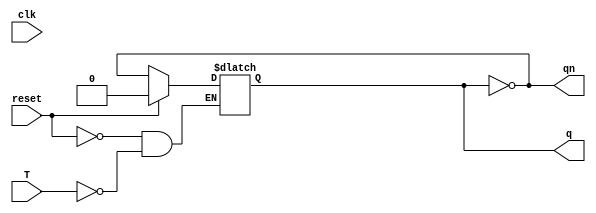
module T_latch(input clk,reset, T,output reg q,output qn);
  always@(T)
    begin
      if(reset)
        q<=0;
      else 
        q<=T?~q:q;
    end
  assign qn=~q;
endmodule